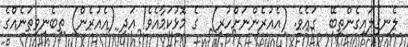
ލެނގިލައިގެންތިބޭ  ގައެވެ. (އެއުރެންނަށްހުރި)  ގެ މޮޅުކަމާއެވެ! އަދި (އެއުރެން) ތިބެނިވިތަނެއްގެ